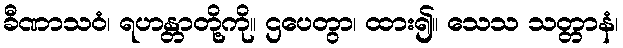
ခီဏာသဝံ၊ ရဟန္တာတို့ကို။ ဌပေတွာ၊ ထား၍။ သေသ သတ္တာနံ၊